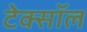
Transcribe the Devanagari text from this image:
टेक्सॉल